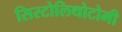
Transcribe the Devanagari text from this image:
सिस्टोलिथोटोमी